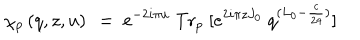
\chi _ { p } \left( q , z , u \right) ~ = ~ e ^ { - 2 i \pi u } \ \mathrm { T r } _ { p } \ [ e ^ { 2 i \pi z J _ { 0 } } \ q ^ { ( L _ { 0 } - { \frac { c } { 2 4 } } ) } ]